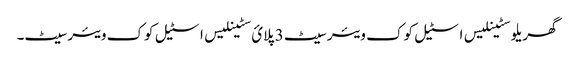
گھریلو سٹینلیس اسٹیل کوک ویئر سیٹ 3 پلائ سٹینلیس اسٹیل کوک ویئر سیٹ۔